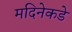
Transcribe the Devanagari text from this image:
मदिनेकडे